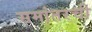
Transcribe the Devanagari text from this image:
समांतरची